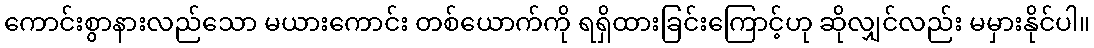
ကောင်းစွာနားလည်သော မယားကောင်း တစ်ယောက်ကို ရရှိထားခြင်းကြောင့်ဟု ဆိုလျှင်လည်း မမှားနိုင်ပါ။